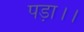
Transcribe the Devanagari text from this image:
पड़ा।।